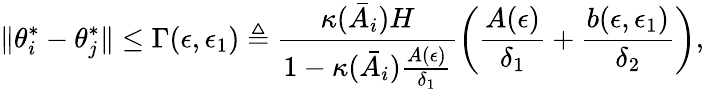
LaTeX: \lVert\theta_{i}^{*}-\theta_{j}^{*}\rVert\le\Gamma(\epsilon,\epsilon_{1})\triangleq\frac{\kappa(\bar{A}_{i})H}{1-\kappa(\bar{A}_{i})\frac{A(\epsilon)}{\delta_{1}}}\left(\frac{A(\epsilon)}{\delta_{1}}+\frac{b(\epsilon,\epsilon_{1})}{\delta_{2}}\right),